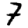
Digit: 7